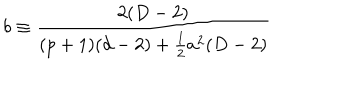
LaTeX: b \equiv \frac { 2 ( D - 2 ) } { ( p + 1 ) ( d - 2 ) + \frac { 1 } { 2 } a ^ { 2 } ( D - 2 ) }